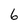
Character: 6